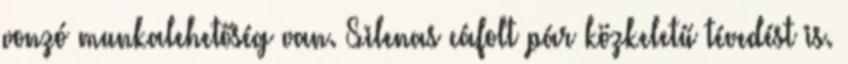
vonzó munkalehetőség van. Silenas cáfolt pár közkeletű tévedést is.